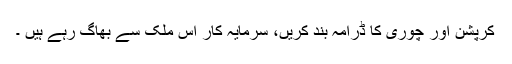
کرپشن اور چوری کا ڈرامہ بند کریں، سرمایہ کار اس ملک سے بھاگ رہے ہیں ۔